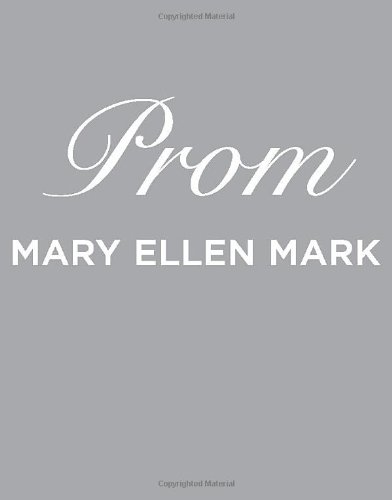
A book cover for Prom; Mary Ellen Mark; Arts & Photography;